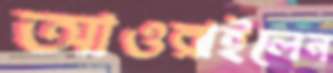
আওরাইলেন